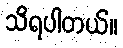
သိရပါတယ်။